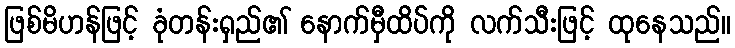
ဖြစ်မိဟန်ဖြင့် ခုံတန်းရှည်၏ နောက်မှီထိပ်ကို လက်သီးဖြင့် ထုနေသည်။